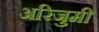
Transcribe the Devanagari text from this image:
अरिजुमी